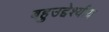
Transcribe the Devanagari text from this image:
बहुउद्देश्‍यीय